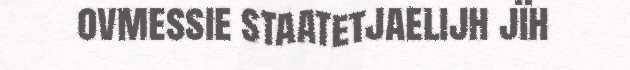
ovmessie staatetjaelijh jïh